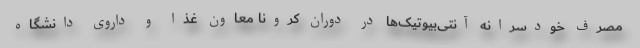
مصرف خودسرانه آنتی‌بیوتیک‌ها در دوران کرونا معاون غذا و داروی دانشگاه